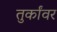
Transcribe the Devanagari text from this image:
तुर्कांवर